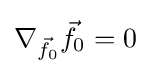
\nabla _{{\vec {f}}_{0}}{\vec {f}}_{0}=0